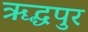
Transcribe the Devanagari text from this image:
ऋद्धपुर